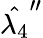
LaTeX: \hat{\lambda_{4}}^{\prime\prime}